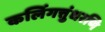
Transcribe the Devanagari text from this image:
कलिंगत्तुंधरणि